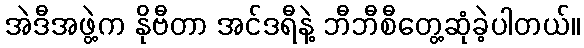
အဲဒီအဖွဲ့က နိုဗီတာ အင်ဒရီနဲ့ ဘီဘီစီတွေ့ဆုံခဲ့ပါတယ်။